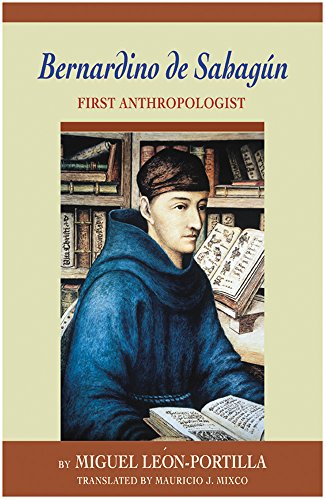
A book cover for Bernardino de Sahagun: First Anthropologist; Miguel Leon-Portilla; History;